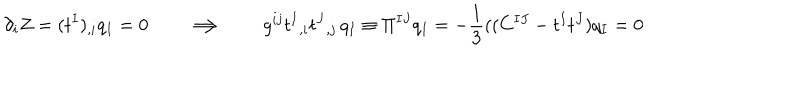
\partial _ { i } Z = ( t ^ { I } ) _ { , i } q _ { I } = 0 \qquad \Longrightarrow \qquad g ^ { i j } t ^ { I } { } _ { , i } t ^ { J } { } _ { , j } \, q _ { I } \equiv \Pi ^ { I J } q _ { I } = - { \frac { 1 } { 3 } } ( ( C ^ { I J } - t ^ { I } t ^ { J } ) q _ { I } = 0